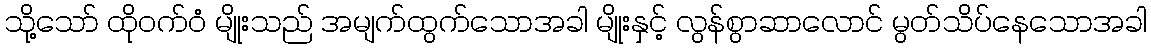
သို့သော် ထိုဝက်ဝံ မျိုးသည် အမျက်ထွက်သောအခါ မျိုးနှင့် လွန်စွာဆာလောင် မွတ်သိပ်နေသောအခါ